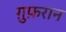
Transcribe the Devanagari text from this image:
ग़ुफ़रान